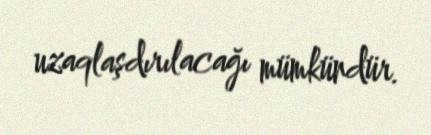
uzaqlaşdırılacağı mümkündür.